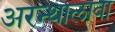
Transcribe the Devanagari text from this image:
अरन्थालावा